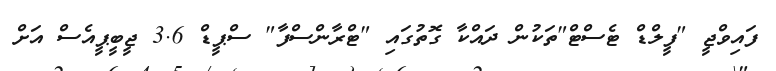
ފައިވްޖީ "ފީލްޑް ޓެސްޓް"ތަކުން ދައްކާ ގޮތުގައި "ޓްރާންސްފާ" ސްޕީޑް 3.6 ޖީބީޕީއެސް އަށް